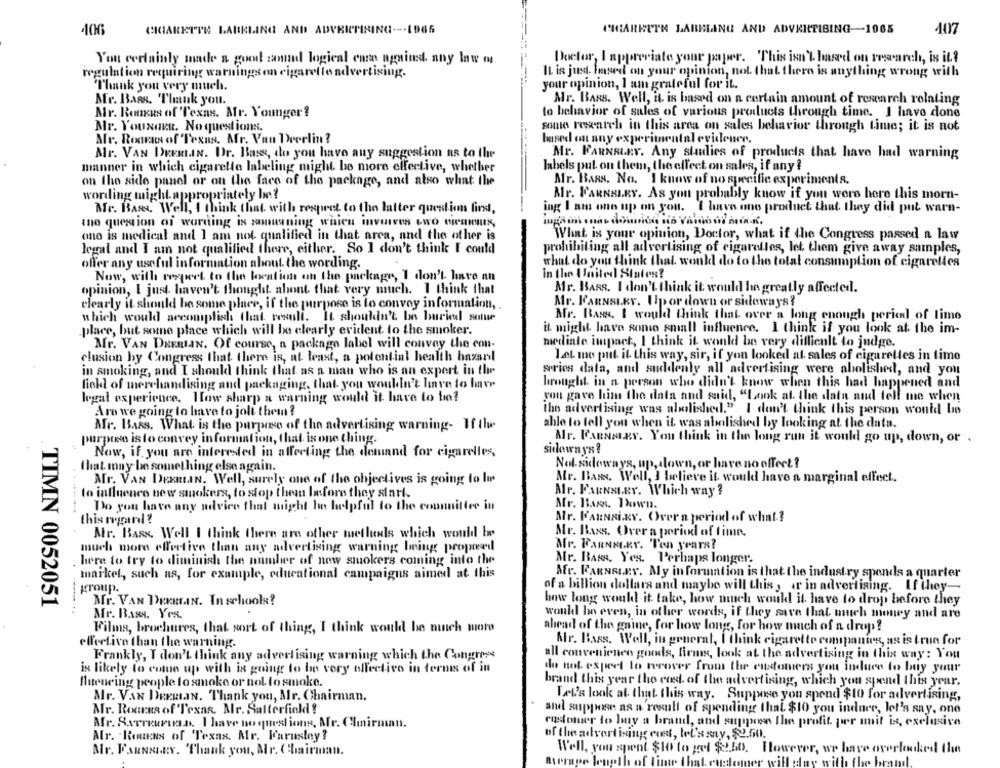
406
CRIARETTE LARKLING AND ADVRICMINING --- 1965
CHARRETE LABELING AND ADVERTISING-1065
407
You cerlainly made a goout zamnd logical ensas againd. nny law m
Doctor, I appreciate your paper. This isn't based on research, is it .?
regulation requiring warnings on cigarette no
Ivertising.
IL is just. Imsed on your opinion, not that there is anything wrong with
your opinion, I am grateful for it.
Thank you very much.
Mr. Bass. Thank you.
Mr. BARS. Well, it is based on a certain amount of research relating
Mr. Bonus of Texas. Ar. Younger?
to behavior of sales of various products through time. I have done
Mr. YouNORR. No questions.
sonie research in this area on sales behavior through time; it is not
Mr. Ronras of Texas. Mr. Van Deerlin ?
based on any experimental evidence.
Mr. VAN DRERLIN. Dr. Bass, do you have any suggestion as to the
Mr. FARNELEY. Any studies of products that have had warning
manner in which cigarette labeling might be more effective, whether
labels put on them, the effect on sales, if any ?
on the side panel or on the face of the package, and also what the
Mr. Baas. Na. I know of no specific experiments.
wording might appropriately be?
Mr. FARNALEY. As you probably know if you were here this morn-
Me. BARS. Well, I think that. with respect to the latter question first,
ing I am one up on you. I have one product that they did put warn-
the question of wording is sonuaning which involves two CreaMus,
ono is medical and I am not. qualified in that area, and the other is
What is your opinion, Doctor, what if the Congress passed a law
legal and I am not qualified there, either. So I don't think I could
prohibiting all advertising of cigarelles, let them give away samples,
offer any useful information about. the wording.
what do you think that would do to the total consumption of cigarelles
Now, will request to the location on the package, I don't have an
in the United States?
opinion, I just haven't thought ahont that very much. I think that
Mr. Bass. I don't think it would he greatly affected.
clearly il should be some place, if the purpose is to convey information, .
Mr. FARNSLEY. Up or down or sideways ?
which would accomplish that resull. It shouldn't be buried somwe
Mr. Bass. I would think that over a long enough period of time
place, but some place which will be clearly evident to the smoker.
it might have some small influence. I think if you look at the im-
Mr. VAN DEERIAN. Of course, a package label will convey the con-
mediale impact, I think it would be very difficult to judge.
clusion by Congress that there is, at least, a potential health hazanl
Let me put it this way, sir, if you looked at sales of cigarettes in time
in smoking, and I should think that as a man who is an expert in the
series data, and suddenly all advertising were abolished, and you
field of merchandising and packaging, that you wouldn't have to have
brought in a person who didn't know when this had happened and
legal experience. How sharp a warning would it have to bio?
you gave him the data and said, "Look at. the data and tell me when
Are we going lo have to jolt them ?
the advertising was abolished." I don't think this person would be
Mr. Bass. What is the purpose of the advertising warning- If tle
able to tell you when it was abolished by looking at the data.
purptes is to convey information, that is one thing.
Mr. BARNSLEY. You think in the long run it would go up, down, or .
Now, if you are interested in affecting the demand for cigarelles,
sideways?
that may be something else again.
Nol sideways, up, down, or have no effect ?
Mr. VAN DEERLIN. Well, surely one of the objectives is going to lu
Mr. Bas. Well, I believe it would have a marginal effect.
to influence new smokers, to stop them before they start.
Mr. FARNSLEY. Which way ?
Do you have any advice that might be helpful to the connuitler in
-----
Mr. Bass. Down.
this regard ?
Mr. KARNSiKY. Over a period of what ?
Mr. Bass. Well I think there are other methods which would I
Mr. Buss. Over a period of time.
Mr. FARNELKY. Ten years?
much more effective than any advertising warning being proposed
here to try to diminish the number of new smokers coming into the
Mr. BARS. Yes. Perhaps longer.
market, such as, for example, educational campaigns aimed at this
Mfr. FARNSLEY. My information is that the industry spends a quarter
group.
of a billion dollars and maybe will this, ir in advertising. If they-
TIMN 0052051
Mr. VAN DERREN. In schools?
how long would it take, how much would it have to drop before they
Mr. Bass. Yes.
would ha even, in other words, if they save that much money and are
Films, brochures, that sort of thing, I think would be much more
ahead of the gaine, for how long, for how much of a drop?
effective than the warning.
Alr. Bass. Well, in general, I think cigarette companies, as is true for
Frankly, I don't think any advertising warning which the Congress
all convenience goods, firms, look at the advertising in this way: You
is likely to come up with is going to be very effective in terms of in
do not expect to recover from the customers you induce to buy your
flutenring people to smoke or not to smoke.
brand this year the cost of the advertising, which you spend this year.
Mr. VAN DERBLAN. Thank you, Mr. Chairman.
Let's look at that this way. Suppose you spend $10 for advertising,
Mr. RoGERA of Texas. Mr. Salterfickdl?
and suppose as a result of spending that $10 you indure, let's say, one
customer to Imy a brand, and suppe the profit per mit is, exclusiva
Mr. S.erreurun. I have no questions, Mr. Chairman.
Mr. Rouens of Texas. Mr. Karusloy?
of the advertising cost, tel's sny, $2.50.
Mr. FARNSLEY. Thank you, Mr. Chairman.
Well, you spent $10 to get $2.50. However, we have overlooked the
"ith the brand.
h of fine that. eu